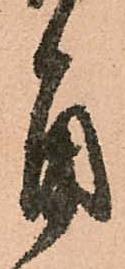
角